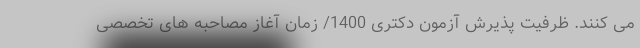
می کنند. ظرفیت پذیرش آزمون دکتری 1400/ زمان آغاز مصاحبه های تخصصی